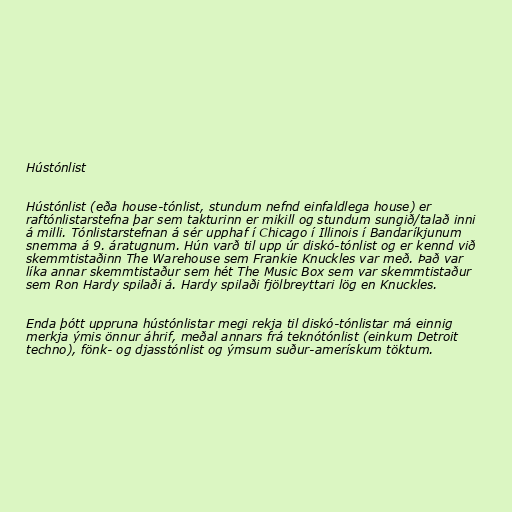
Hústónlist

Hústónlist (eða house-tónlist, stundum nefnd einfaldlega house) er
raftónlistarstefna þar sem takturinn er mikill og stundum sungið/talað inni
á milli. Tónlistarstefnan á sér upphaf í Chicago í Illinois í Bandaríkjunum
snemma á 9. áratugnum. Hún varð til upp úr diskó-tónlist og er kennd við
skemmtistaðinn The Warehouse sem Frankie Knuckles var með. Það var
líka annar skemmtistaður sem hét The Music Box sem var skemmtistaður
sem Ron Hardy spilaði á. Hardy spilaði fjölbreyttari lög en Knuckles.

Enda þótt uppruna hústónlistar megi rekja til diskó-tónlistar má einnig
merkja ýmis önnur áhrif, meðal annars frá teknótónlist (einkum Detroit
techno), fönk- og djasstónlist og ýmsum suður-amerískum töktum.